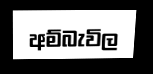
අම්බැවිල